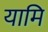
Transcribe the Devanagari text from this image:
यामि